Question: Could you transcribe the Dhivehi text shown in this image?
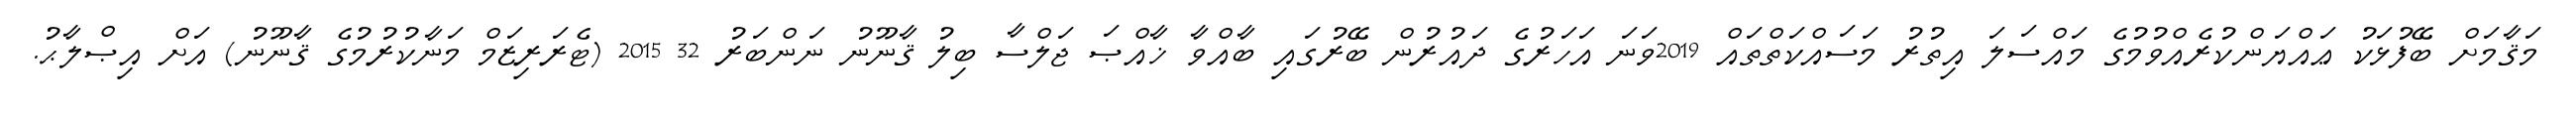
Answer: މަޤާމަށް ބޭފުޅަކު ޢައްޔަންކުރެއްވުމުގެ މައްސަލަ އިތުރު މަސައްކަތްތައް 2019ވަނަ އަހަރުގެ ދައުރުން ބޭރުގައި ބާއްވާ ޚާއްޞަ ޖަލްސާ ބިލު ޤާނޫނު ނަންބަރު 32 2015 (ޓެރަރިޒަމް މަނާކުރުމުގެ ޤާނޫނު) އަށް އިޞްލާޙު.